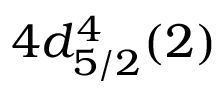
4 d _ { 5 / 2 } ^ { 4 } ( 2 )